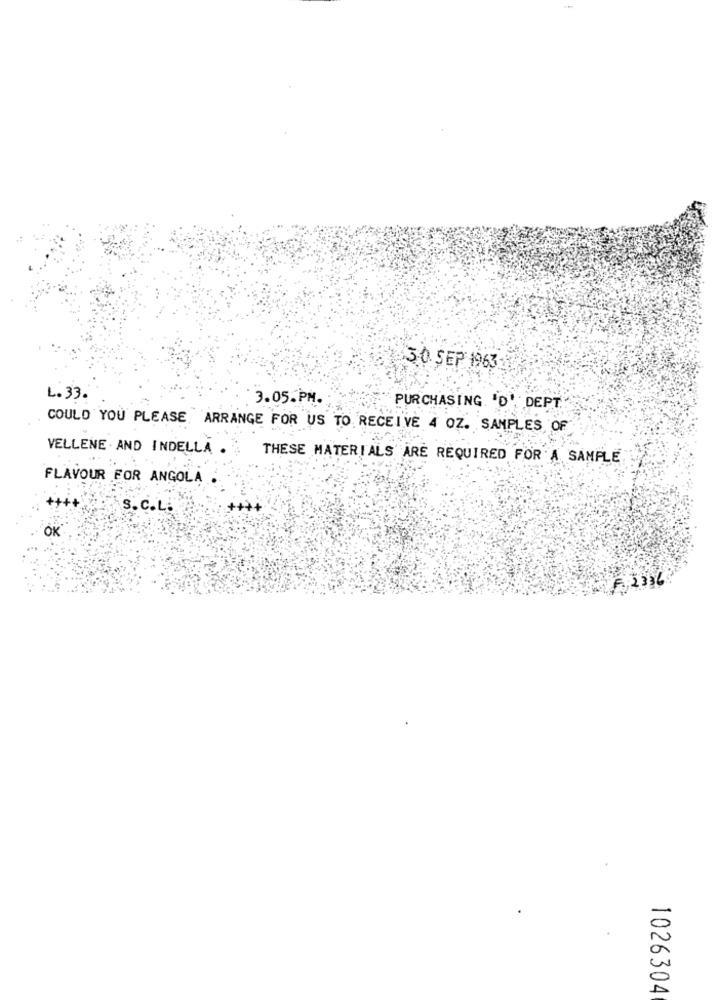
3.0. SEP 1963
L. 33.
3.05.PM.
PURCHASING 'D' DEPT .:
COULD YOU PLEASE, ARRANGE FOR US TO RECEIVE 4 OZ. SAMPLES OF
VELLENE AND INDELLA .
THESE MATERIALS ARE REQUIRED FOR A SAMPLE
FLAVOUR FOR ANGOLA.
+++.
S.C.L.
OK
1026304